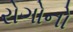
રોગોનો